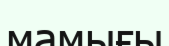
мамығы